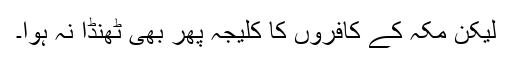
لیکن مکہ کے کافروں کا کلیجہ پھر بھی ٹھنڈا نہ ہوا۔